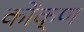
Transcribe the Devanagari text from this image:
कोंक्ण